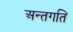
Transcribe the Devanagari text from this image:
अन्तगति